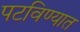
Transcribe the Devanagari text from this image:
पटविण्यात